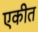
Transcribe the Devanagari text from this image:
एकीत